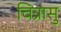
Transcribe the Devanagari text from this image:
चित्रासु